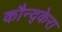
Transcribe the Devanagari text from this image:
कौन्द्केरा